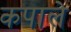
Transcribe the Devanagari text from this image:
कपाले